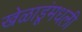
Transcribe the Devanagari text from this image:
खेळाडूंमधली